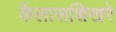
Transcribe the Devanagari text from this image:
कैलासशिखरे